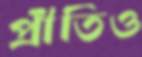
প্রীতিও